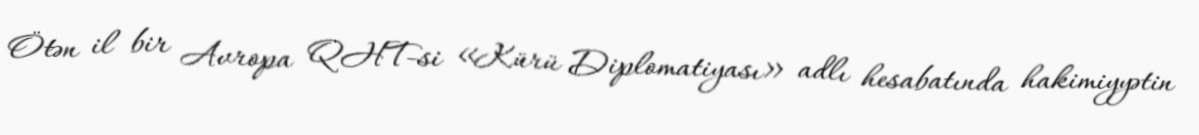
Ötən il bir Avropa QHT-si «Kürü Diplomatiyası» adlı hesabatında hakimiyyətin